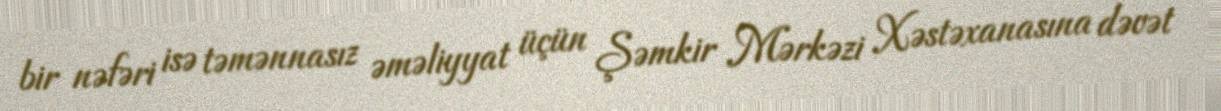
bir nəfəri isə təmənnasız əməliyyat üçün Şəmkir Mərkəzi Xəstəxanasına dəvət